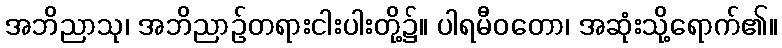
အဘိညာသု၊ အဘိညာဉ်တရားငါးပါးတို့၌။ ပါရမီဝတော၊ အဆုံးသို့ရောက်၏။